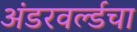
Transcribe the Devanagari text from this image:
अंडरवर्ल्डचा